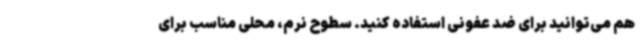
هم می‌توانید برای ضد عفونی استفاده کنید. سطوح نرم، محلی مناسب برای